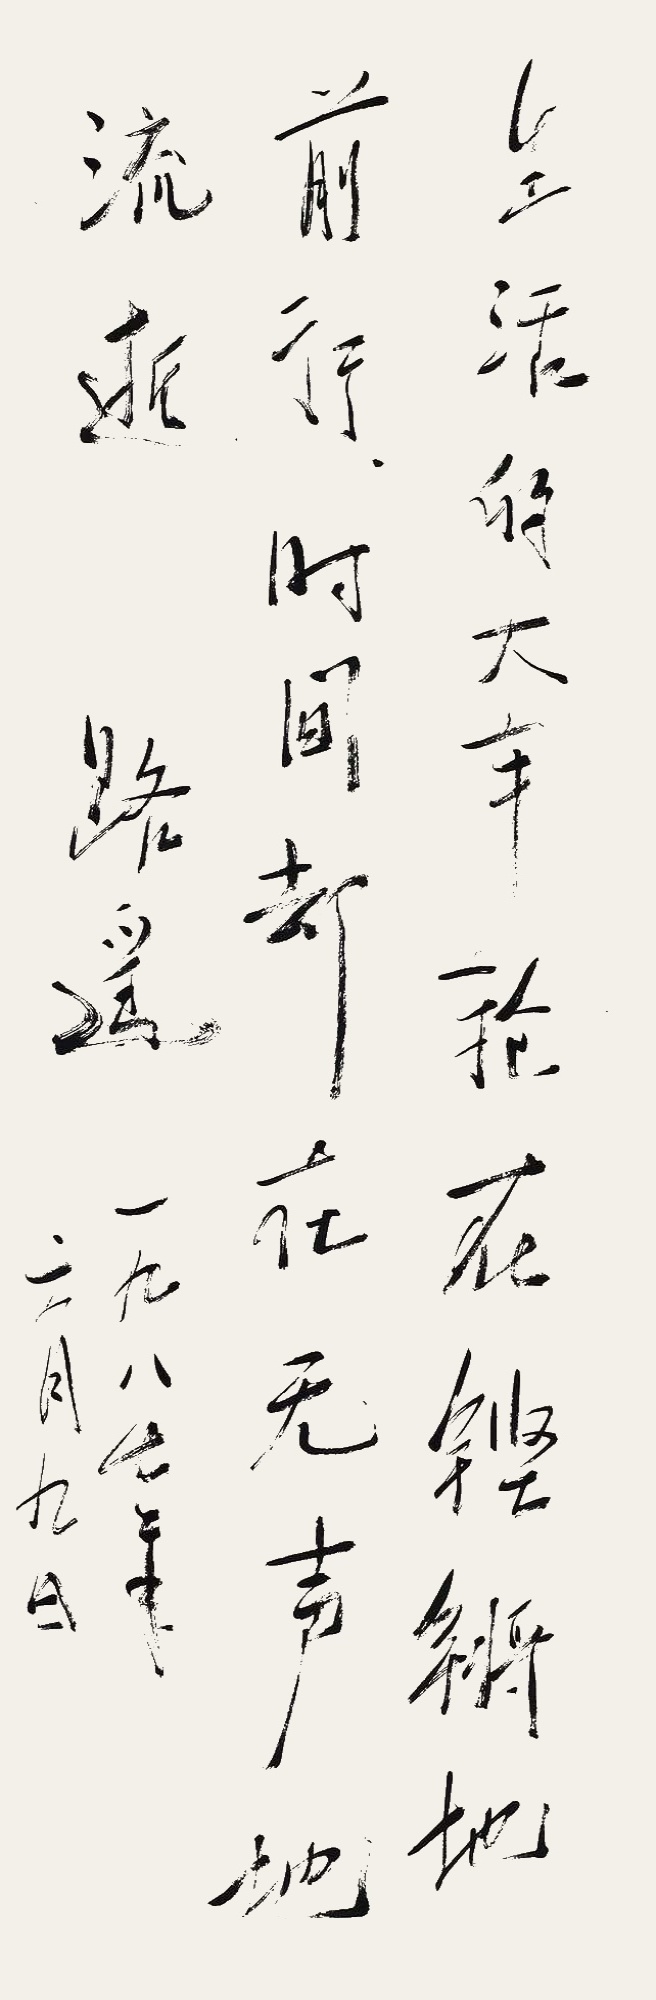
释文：生活的大车轮在铿锵地前行，时间却在无声地流逝。路遥。一九八七年六月九日。